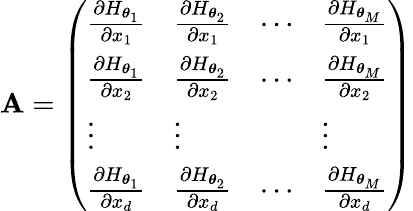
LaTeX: \mathbf{A}=\left(\begin{array}{llll}{\frac{\partial H_{\boldsymbol\theta_{1}}}{\partial x_{1}}}&{\frac{\partial H_{\boldsymbol\theta_{2}}}{\partial x_{1}}}&{\cdots}&{\frac{\partial H_{\boldsymbol\theta_{M}}}{\partial x_{1}}}\\ {\frac{\partial H_{\boldsymbol\theta_{1}}}{\partial x_{2}}}&{\frac{\partial H_{\boldsymbol\theta_{2}}}{\partial x_{2}}}&{\cdots}&{\frac{\partial H_{\boldsymbol\theta_{M}}}{\partial x_{2}}}\\ {\vdots}&{\vdots}&{}&{\vdots}\\ {\frac{\partial H_{\boldsymbol\theta_{1}}}{\partial x_{d}}}&{\frac{\partial H_{\boldsymbol\theta_{2}}}{\partial x_{d}}}&{\cdots}&{\frac{\partial H_{\boldsymbol\theta_{M}}}{\partial x_{d}}}\end{array}\right)